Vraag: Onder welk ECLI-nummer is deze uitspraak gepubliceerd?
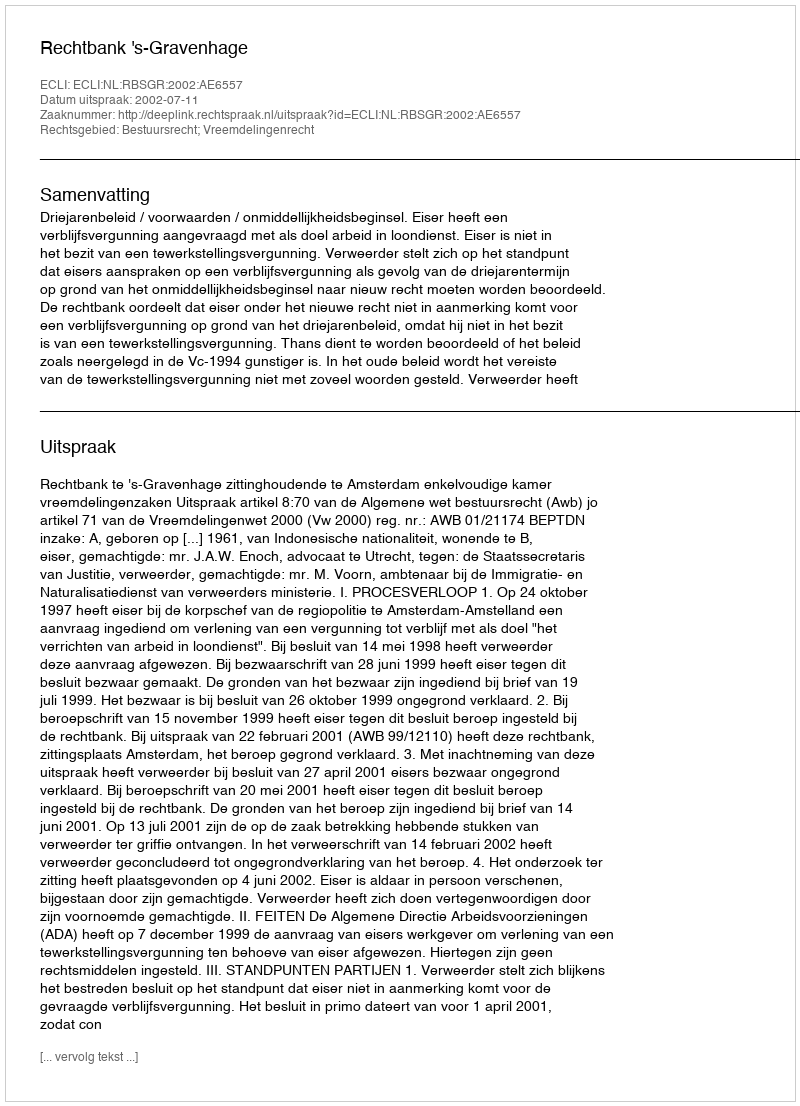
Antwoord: ECLI:NL:RBSGR:2002:AE6557